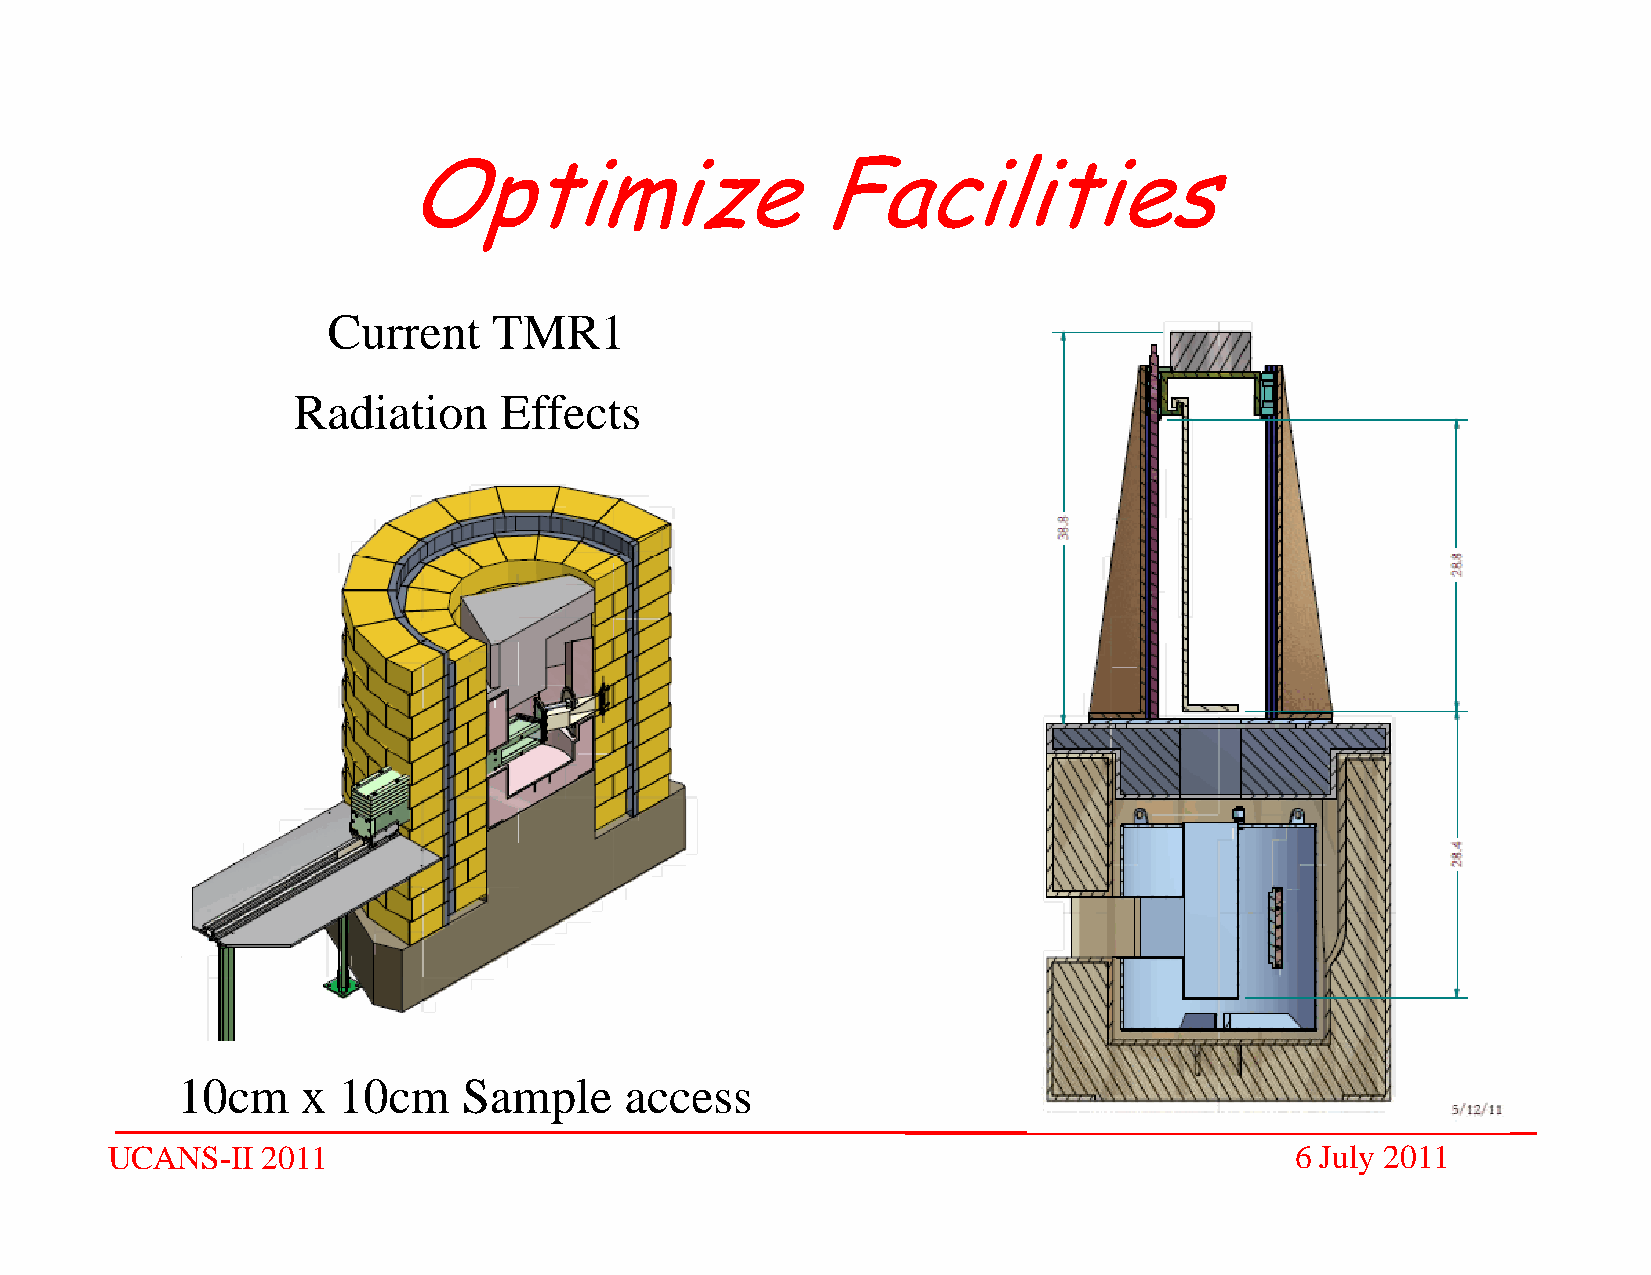
Opptimize                  Facilities
 Current    TMR1
 RRaddiiatiion EEffffects
 10cm    x 10cm     Sample    access
 UCANS-II  2011                                                                 6 July 2011